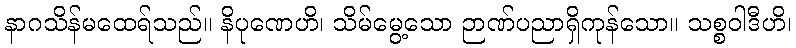
နာဂသိန်မထေရ်သည်။ နိပုဏေဟိ၊ သိမ်မွေ့သော ဉာဏ်ပညာရှိကုန်သော။ သစ္စဝါဒီဟိ၊